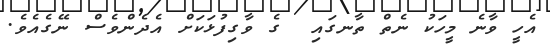
އެހީ ވާނެ މީހަކު ނެތް ތާނގައި  ގެ ވާގިފުޅަކަށް އެދެންވެސް ނޭގެއެވެ.